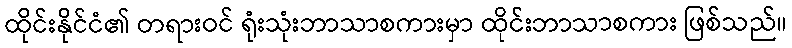
ထိုင်းနိုင်ငံ၏ တရားဝင် ရုံးသုံးဘာသာစကားမှာ ထိုင်းဘာသာစကား ဖြစ်သည်။